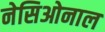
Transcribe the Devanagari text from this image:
नेसिओनाल